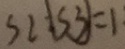
S 2 : \boxed { S 3 } = 1